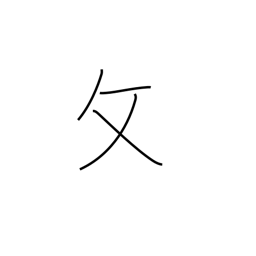
Meaning: folding chair radical variant (no. 66)